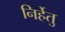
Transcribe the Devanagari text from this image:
निर्हेतु